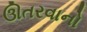
ઊતરવાનો